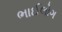
ભાઈલોગ